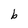
Character: b